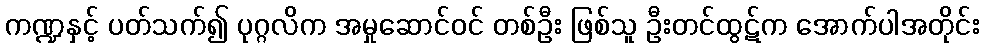
ကဏ္ဍနှင့် ပတ်သက်၍ ပုဂ္ဂလိက အမှုဆောင်ဝင် တစ်ဦး ဖြစ်သူ ဦးတင်ထွဋ်က အောက်ပါအတိုင်း